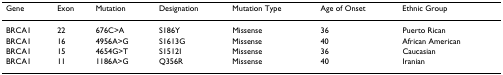
<table><thead><tr><td><b>Gene</b></td><td><b>Exon</b></td><td><b>Mutation</b></td><td><b>Designation</b></td><td><b>Mutation Type</b></td><td><b>Age of Onset</b></td><td><b>Ethnic Group</b></td></tr></thead><tbody><tr><td>BRCA1</td><td>22</td><td>676C&gt;A</td><td>S186Y</td><td>Missense</td><td>36</td><td>Puerto Rican</td></tr><tr><td>BRCA1</td><td>16</td><td>4956A&gt;G</td><td>S1613G</td><td>Missense</td><td>40</td><td>African American</td></tr><tr><td>BRCA1</td><td>15</td><td>4654G&gt;T</td><td>S1512I</td><td>Missense</td><td>36</td><td>Caucasian</td></tr><tr><td>BRCA1</td><td>11</td><td>1186A&gt;G</td><td>Q356R</td><td>Missense</td><td>40</td><td>Iranian</td></tr></tbody></table>